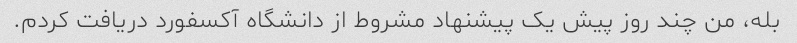
بله، من چند روز پیش یک پیشنهاد مشروط از دانشگاه آکسفورد دریافت کردم.